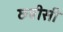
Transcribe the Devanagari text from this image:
छबीसी